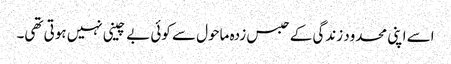
اسے اپنی محدود زندگی کے حبس زدہ ماحول سے کوئی بے چینی نہیں ہوتی تھی۔